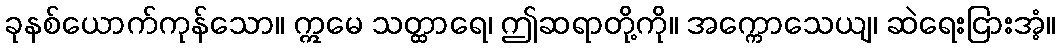
ခုနစ်ယောက်ကုန်သော။ ဣမေ သတ္ထာရေ၊ ဤဆရာတို့ကို။ အက္ကောသေယျ၊ ဆဲရေးငြားအံ့။